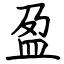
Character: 盈